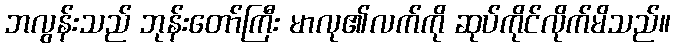
ဘလွန်းသည် ဘုန်းတော်ကြီး မာလု၏လက်ကို ဆုပ်ကိုင်လိုက်မိသည်။